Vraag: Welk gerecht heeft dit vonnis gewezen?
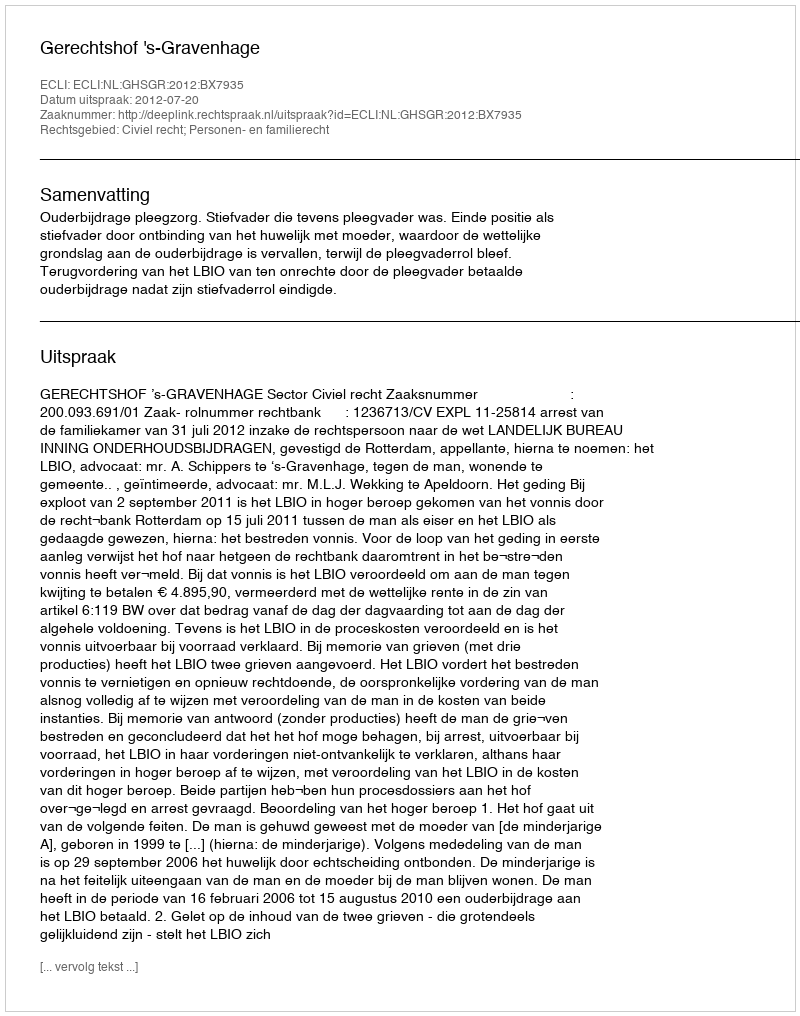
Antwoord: Gerechtshof 's-Gravenhage